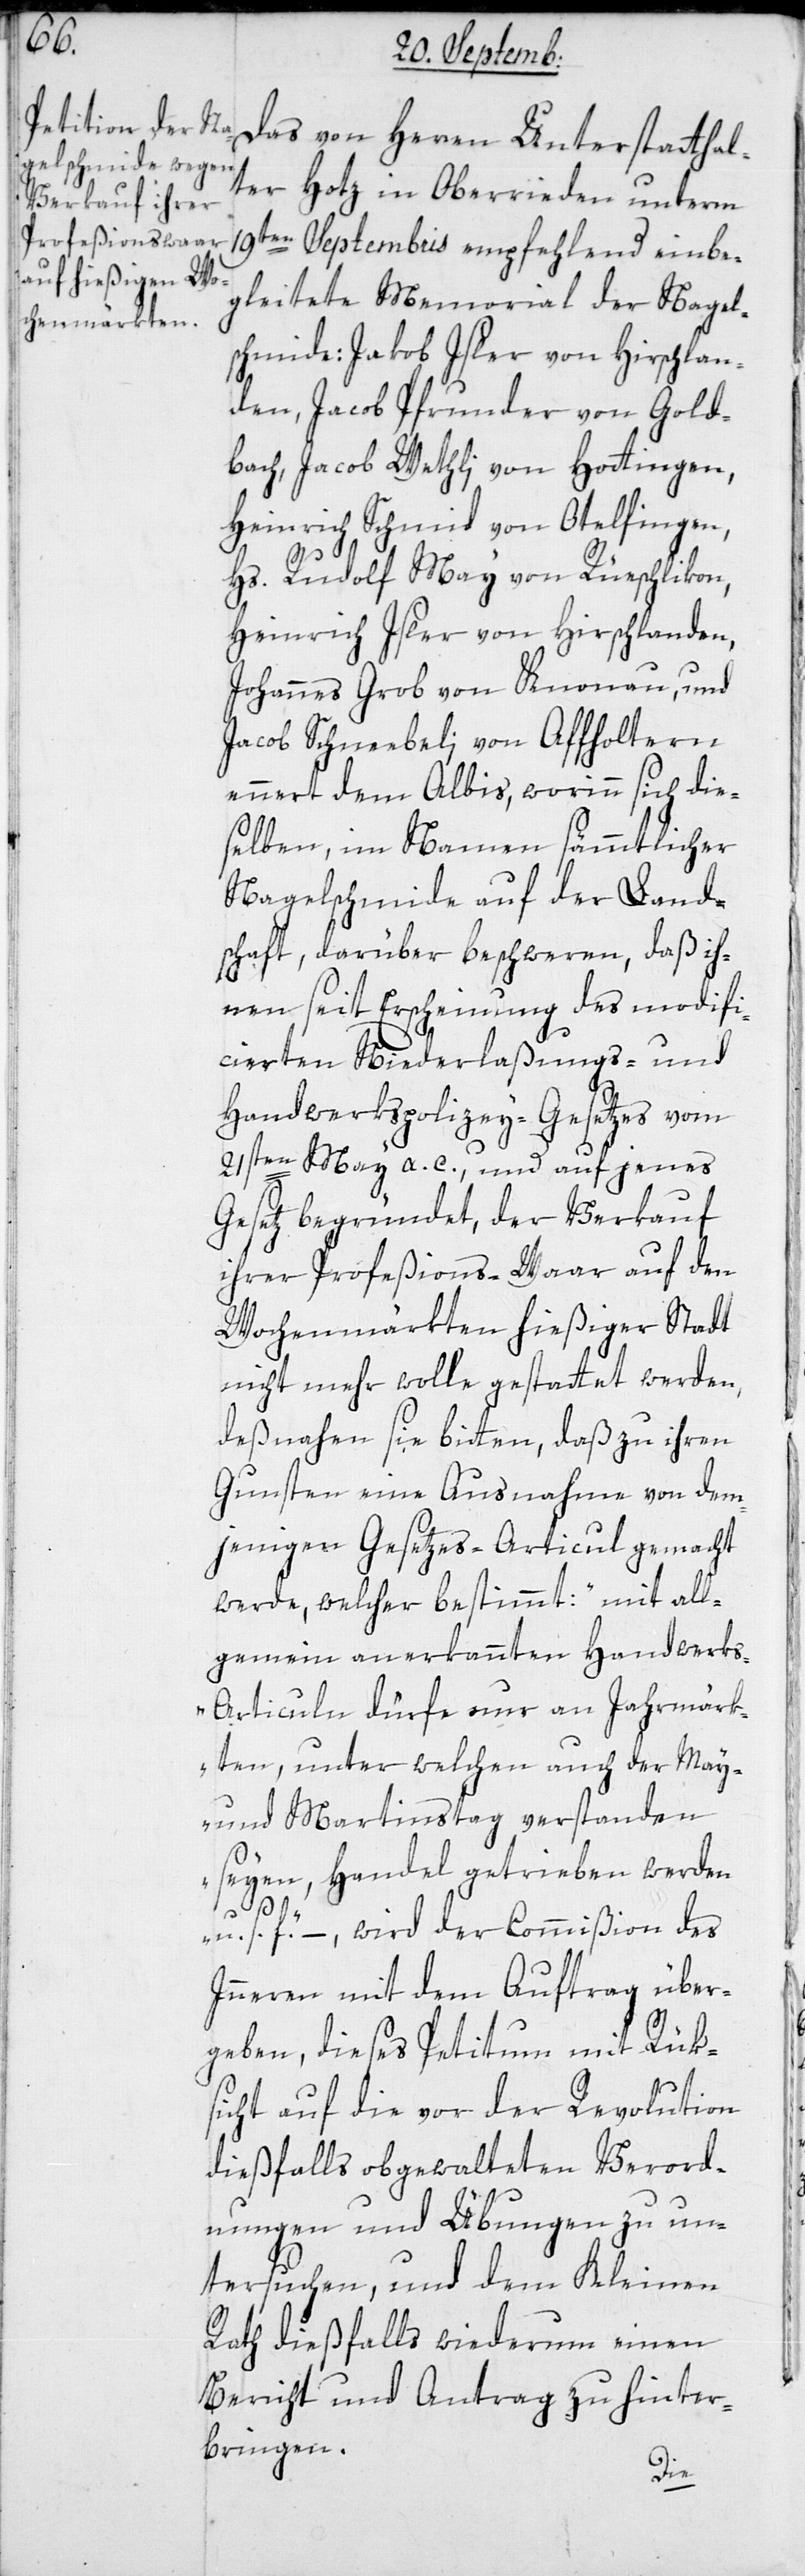
Unterstattha¬
lter Hotz in Oberrieden unterm
19ten Septembris empfehlend einbe¬
gleitete Memorial der Nagel¬
schmiede Jakob Isler von Hirslan¬
den, Jacob Pfrunder von Gold¬
bach, Jacob Wethli von Hottingen,
Heinrich Schmid von Otelfingen,
Hs. Rudolf May von Rüschlikon,
Heinrich Isler von Hirslanden,
Johannes Grob von Knonau, und
Jacob Schneebeli von Affoltern
ennert dem Albis, worinn sich die¬
selben im Namen sämmtlicher
Nagelschmiede auf der Land¬
schaft, darüber beschweren, daß ih¬
nen seit Erscheinung des modifi¬
cierten Niederlaßungs- und
Handwerkspolizey-Gesetzes vom
21sten May a. c., und auf jenes
Gesetz begründet, der Verkauf
ihrer Profeßions-Waar auf den
Wochenmärkten hießiger Stadt
nicht mehr wolle gestattet werden,
deßnahen sie bitten, daß zu ihren
Gunsten eine Ausnahme von dem¬
jenigen Gesetzes-Articul gemacht
werde, welcher bestimmt: „mit all¬
gemein anerkannten Handwerk¬
s-Articuln dürfe nur an Jahrmärk¬
ten, unter welchen auch der May-
und Martinstag verstanden
seyen, Handel getrieben werden
u. s. f.“ – wird der Commißion des
Innern mit dem Auftrag über¬
geben, dieses Petitum mit Rük¬
sicht auf die vor der Revolution
dießfalls obgewalteten Verord¬
nungen und Übungen zu un¬
tersuchen, und dem Kleinen
Rath dießfalls wiederum einen
Bericht und Antrag zu hinter¬
bringen.